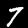
Digit: 7